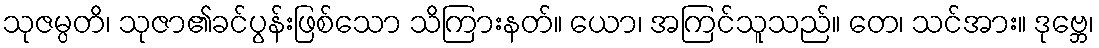
သုဇမ္ပတိ၊ သုဇာ၏ခင်ပွန်းဖြစ်သော သိကြားနတ်။ ယော၊ အကြင်သူသည်။ တေ၊ သင်အား။ ဒုဗ္ဘေ၊